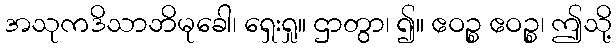
အသုကဒိသာဘိမုခေါ၊ ရှေးရှု။ ဌာတွာ၊ ၍။ ဧဝဉ္စ ဧဝဉ္စ၊ ဤသို့